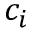
c _ { i }